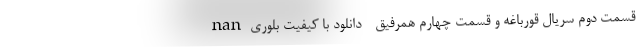
nan قسمت دوم سریال قورباغه و قسمت چهارم همرفیق - دانلود با کیفیت بلوری